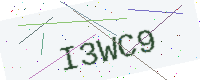
Text: I3WC9